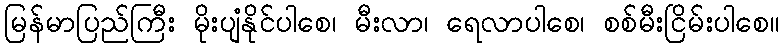
မြန်မာပြည်ကြီး မိုးပျံနိုင်ပါစေ၊ မီးလာ၊ ရေလာပါစေ၊ စစ်မီးငြိမ်းပါစေ။